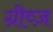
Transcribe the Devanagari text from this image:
ग्रीव्ज़